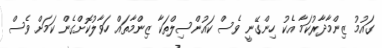
ގައުމު ޒިންމާދާރުކަމާ އެކު ހިންގޭނީ ވެސް ކައުންސިލްތަކާ ޒިންމާތައް ހަވާލުކޮށްގެން ކަމަށް ވެސް